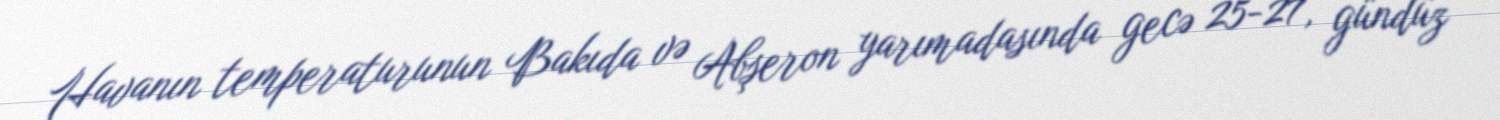
Havanın temperaturunun Bakıda və Abşeron yarımadasında gecə 25-27, gündüz